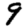
Digit: 9